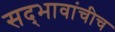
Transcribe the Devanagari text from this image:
सद्‍भावांचीच